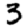
Digit: 3